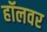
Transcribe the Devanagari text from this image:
हॉलवर